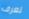
تعرف